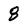
Character: 8